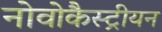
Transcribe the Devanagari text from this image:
नोवोकैस्ट्रीयन